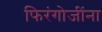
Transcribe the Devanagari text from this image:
फिरंगोजींना